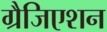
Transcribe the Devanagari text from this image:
ग्रैजिएशन